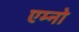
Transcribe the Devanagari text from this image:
एम्नो